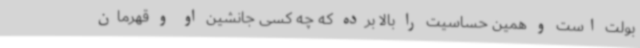
بولت است و همین حساسیت را بالا برده که چه کسی جانشین او و قهرمان